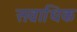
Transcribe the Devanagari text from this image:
सव्राधिक